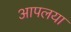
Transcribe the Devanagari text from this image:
आपलया